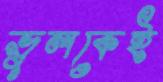
ভুলকেই